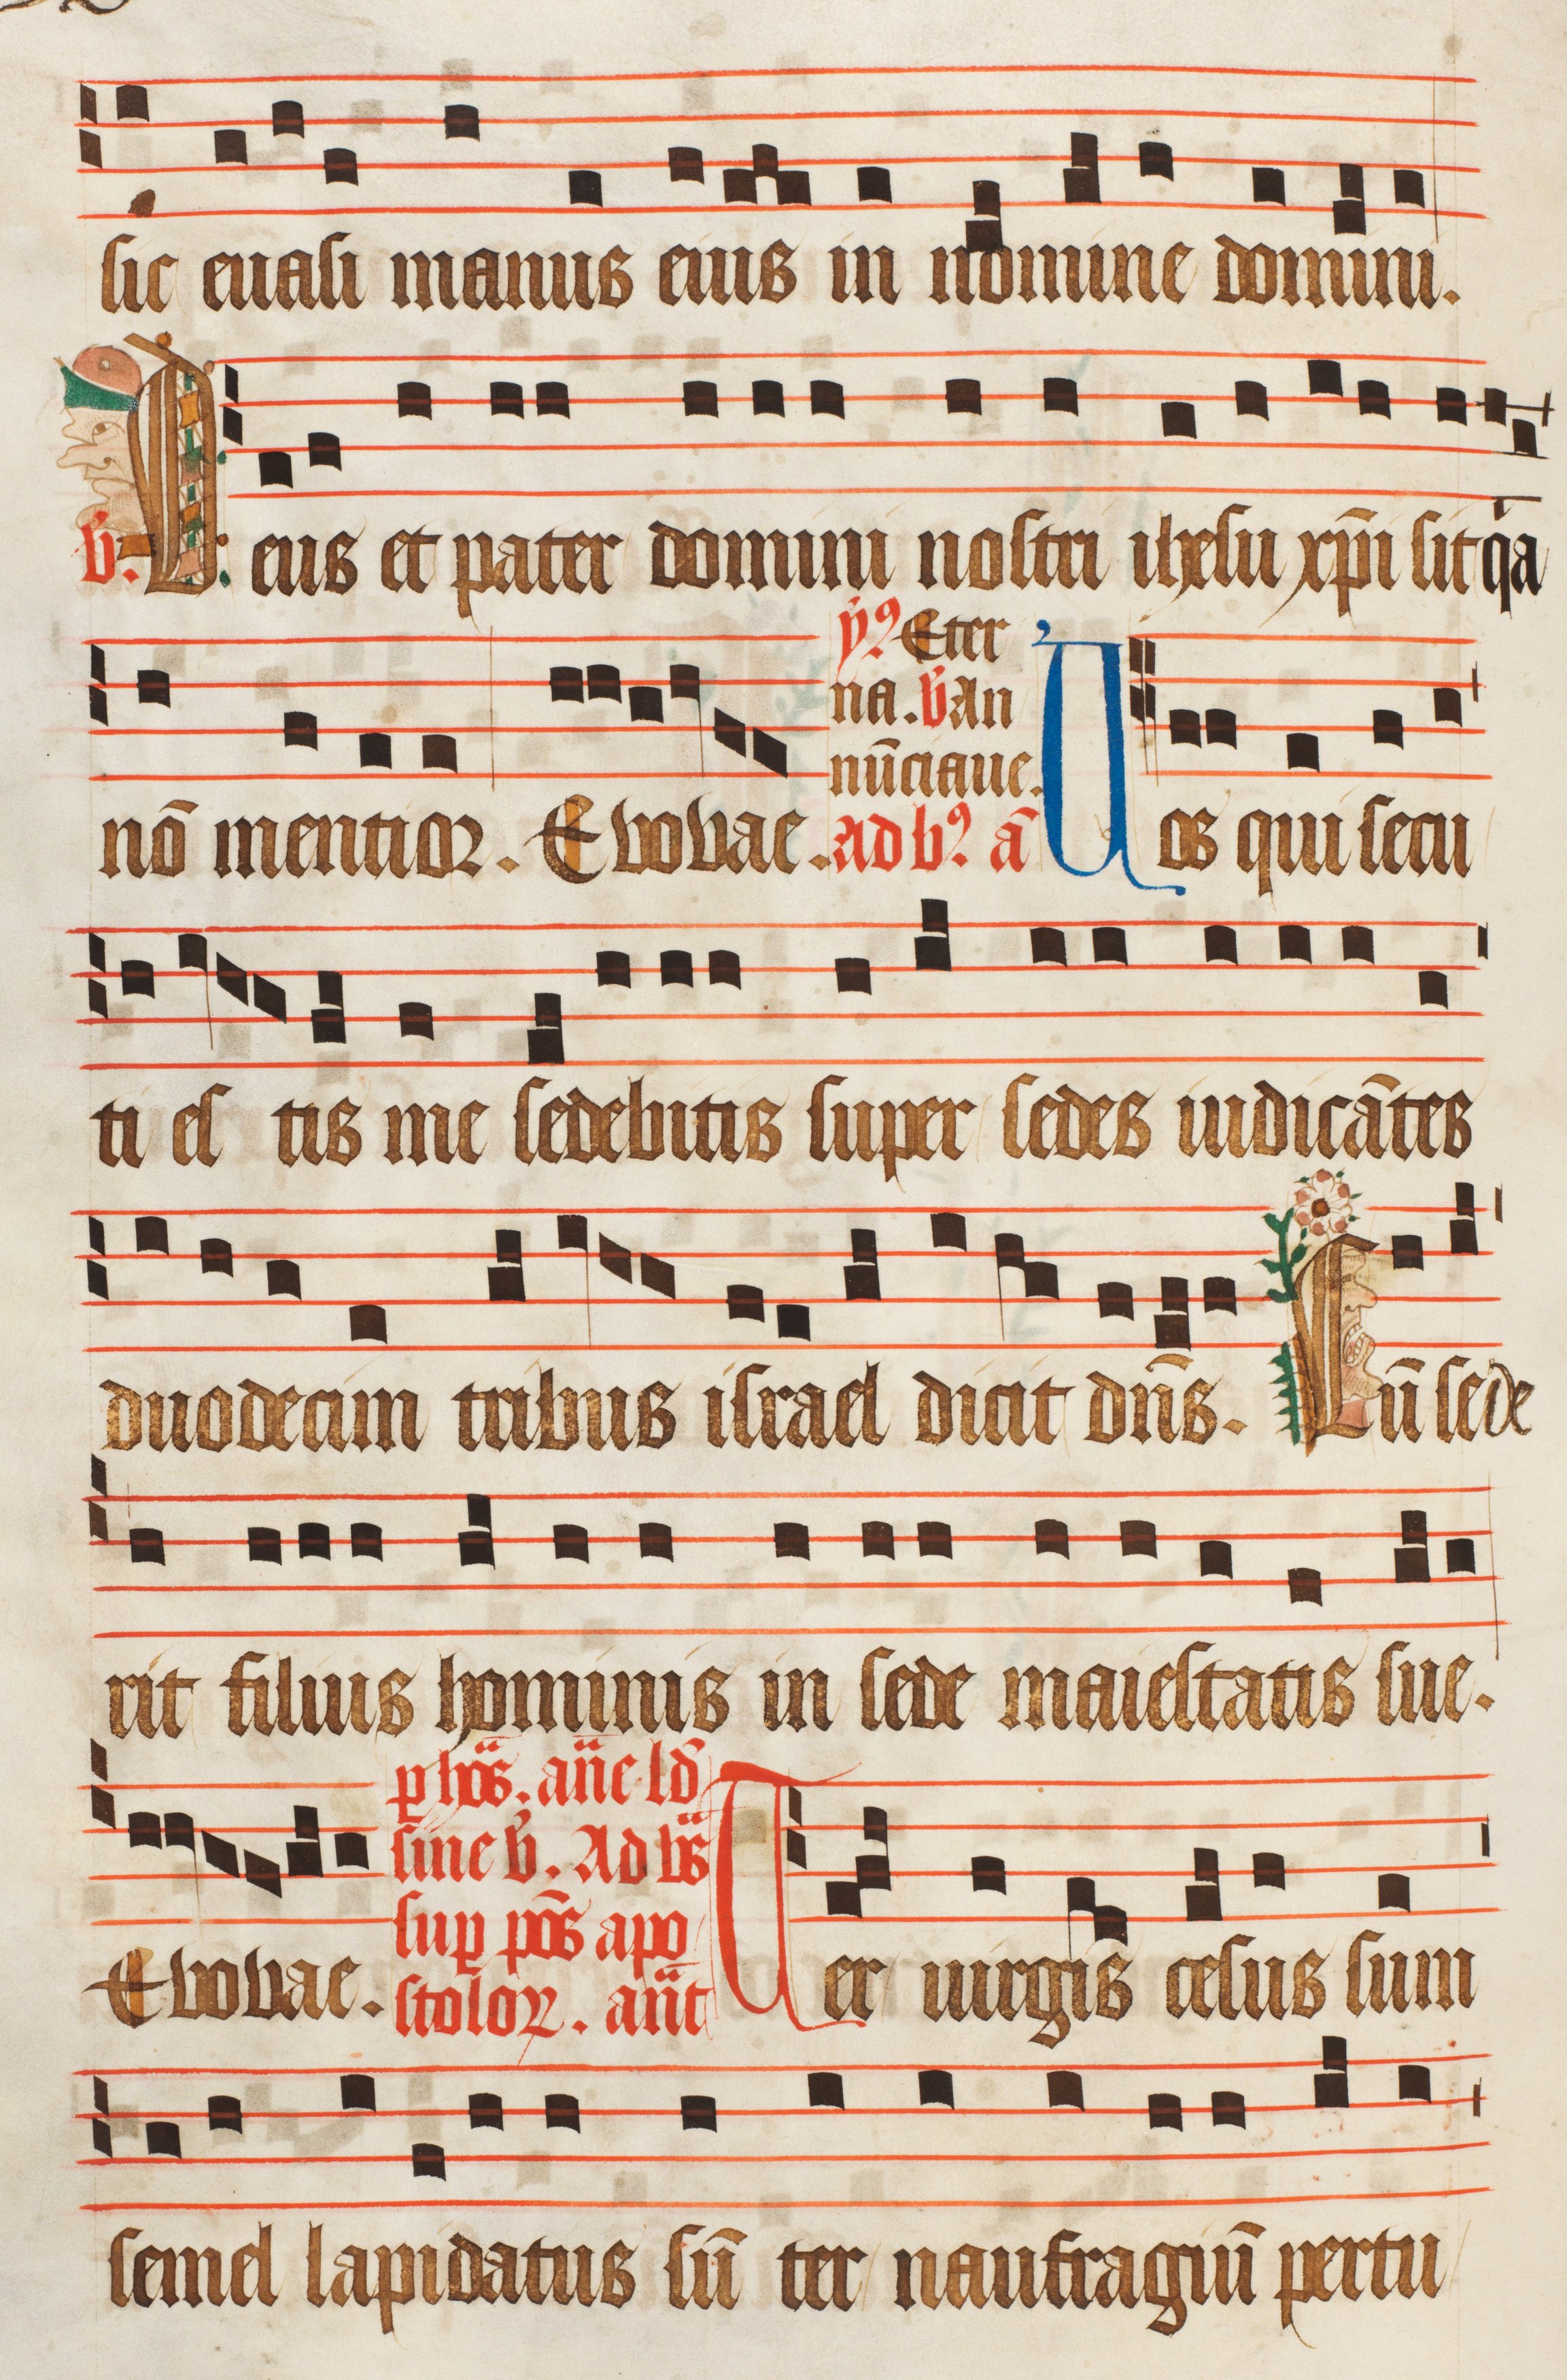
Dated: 1470–1505